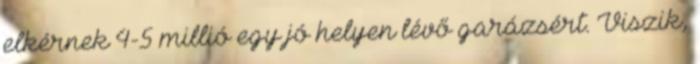
elkérnek 4-5 millió egy jó helyen lévő garázsért. Viszik,